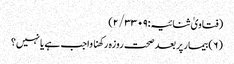
(فتاویٰ ثنائیہ:۲/۳۳۰۹)
(۶) بیمار پر بعد صحت روزہ رکھنا واجب ہے یا نہیں؟